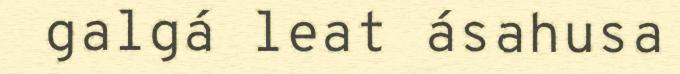
galgá leat ásahusa